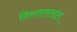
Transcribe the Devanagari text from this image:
विस्तारतात